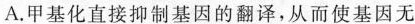
A 、失活A.甲基化直接抑制基因的翻译，从而使基因无